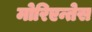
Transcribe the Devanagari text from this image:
मोरिएन्तेस